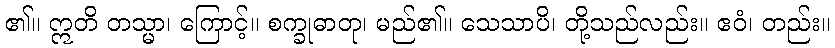
၏။ ဣတိ တသ္မာ၊ ကြောင့်။ စက္ခုဓာတု၊ မည်၏။ သေသာပိ၊ တို့သည်လည်း။ ဧဝံ၊ တည်း။